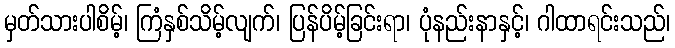
မှတ်သားပါစိမ့်၊ ကြံနှစ်သိမ့်လျက်၊ ပြန်ပိမ့်ခြင်းရာ၊ ပုံနည်းနာနှင့်၊ ဂါထာရင်းသည်၊